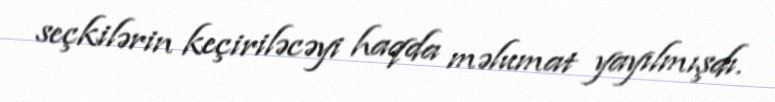
seçkilərin keçiriləcəyi haqda məlumat yayılmışdı.